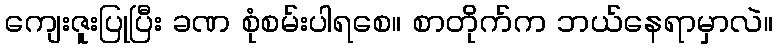
ကျေးဇူးပြုပြီး ခဏ စုံစမ်းပါရစေ။ စာတိုက်က ဘယ်နေရာမှာလဲ။